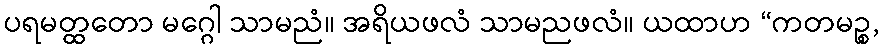
ပရမတ္ထတော မဂ္ဂေါ သာမညံ။ အရိယဖလံ သာမညဖလံ။ ယထာဟ “ကတမဉ္စ,